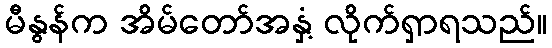
မီနွန်က အိမ်တော်အနှံ့ လိုက်ရှာရသည်။